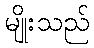
မျိုးသည်